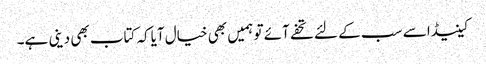
کینیڈا سے سب کے لئے تحفے آئے تو ہمیں بھی خیال آیاکہ کتاب بھی دینی ہے۔